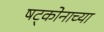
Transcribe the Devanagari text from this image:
षट्कोनाच्या